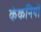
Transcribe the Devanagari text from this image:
कंकनियों